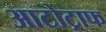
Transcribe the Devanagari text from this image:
आटोट्राफ